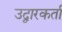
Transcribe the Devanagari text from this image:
उद्वारकर्ता